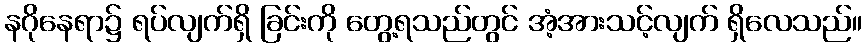
နဂိုနေရာ၌ ရပ်လျက်ရှိ ခြင်းကို တွေ့ရသည်တွင် အံ့အားသင့်လျက် ရှိလေသည်။